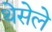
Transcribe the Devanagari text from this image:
थेसेले